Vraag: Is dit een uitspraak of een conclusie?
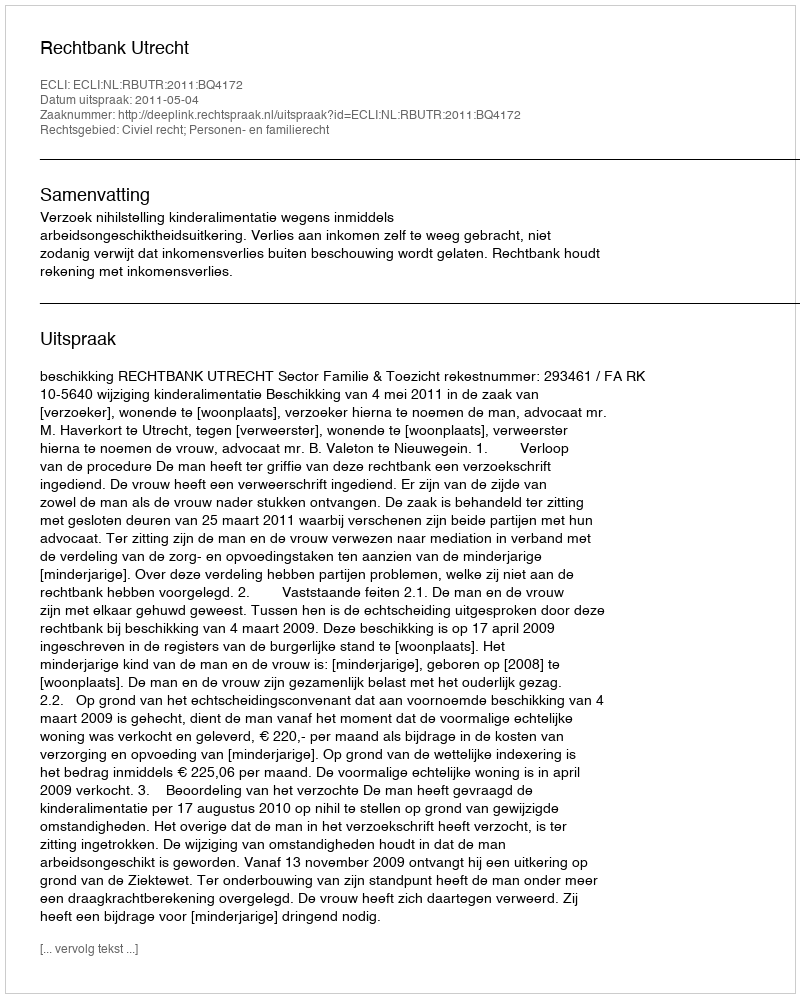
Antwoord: Uitspraak